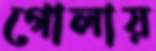
গোলায়